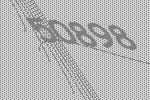
50898